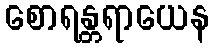
စောရန္တရာယေန